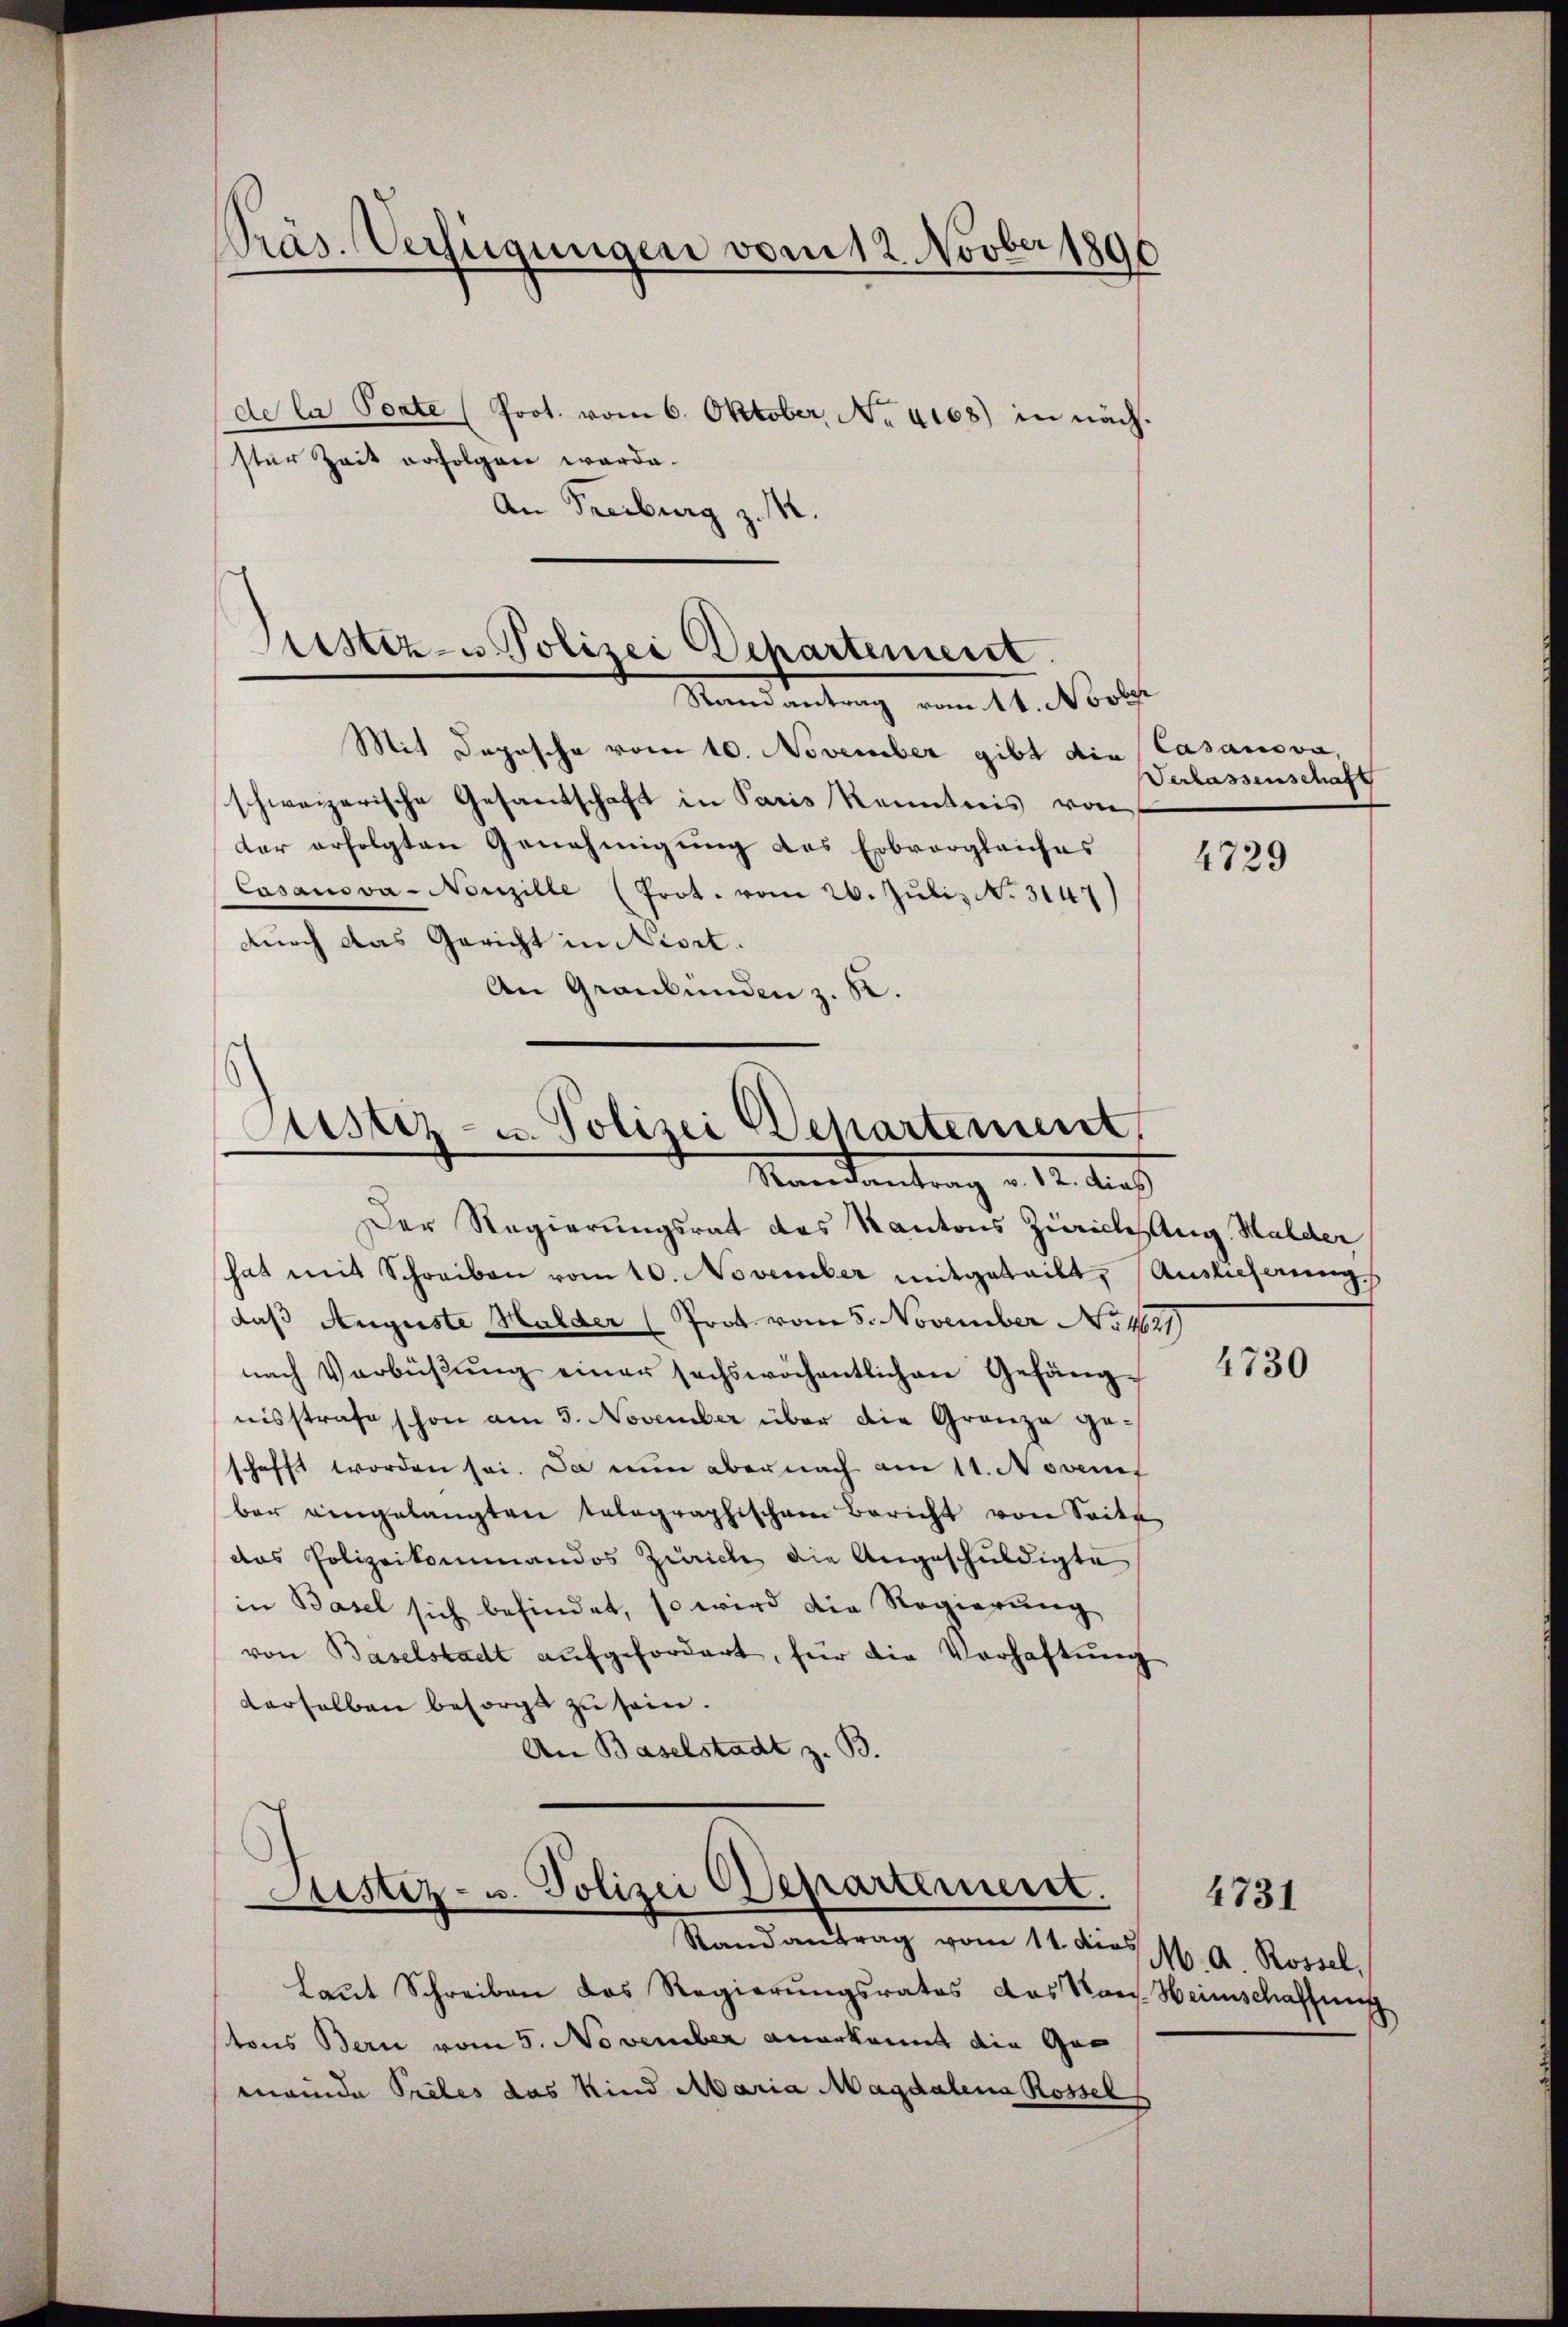
Präs. Verfügungen vom 12. Novber 1896

de la Porte (Prot. vom 6. Oktober, No 4168) in nächster Zeit erfolgen werde.
An Freiburg z. B.

Randantrag vom 11. Novbr
Mit Depesche vom 10. November gibt die
schweizerische Gesandschaft in Paris Kenntnis von
der erfolgten Genehmigung des Erbvergleiches
Casanova-Nonzille (Prot. vom 26. Juli, N. 3147)
durch das Gericht in Niert.
An Graubünden z. K.

Der Regierungsrat des Kantons Zürichsang Halder
hat mit Schreiben vom 10. November mitgeteilt, Auslieferung
daß Auguste Halder (Prot. vom 5. November No 1021)
nach Verbüßung einer sechswöchentlichen Gefängnisstrafe schon am 3. November über die Granze geschafft worden sei. Da nun aber nach am 11. Novem
ber eingelangten tolographischen Bericht von Seite
das Polizeikommandos Zürich die Angeschuldigte
in Basel sich befindet, so wird die Regierung
von Baselstadt aŭfgefordert, für die Verhaftung
derselben besorgt zu sein.
An Baselstadt z. B.

Sistiz- u Polizei Departement

Astiz- u. Polizei Departement,
.
Maandantrag . 12. Aus

Justiz- u. Polizei Departement.
Randantrag vom 11. dies 16. A. Rossel,

Laŭt Schreiben das Regierŭngsrates das Kons. Heimschaffung
tons Bern vom 5. November anerkannt die Gemeinde Pretes das Kind Maria Magdalena Rossel

Casanova,
Verlassenschaft

4729

4730

4731